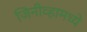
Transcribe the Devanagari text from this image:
जिनीव्हामध्ये